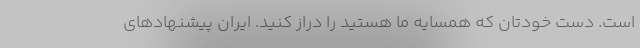
است. دست خودتان که همسایه ما هستید را دراز کنید. ایران پیشنهادهای